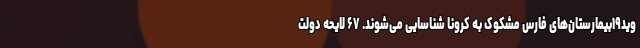
وید۱۹بیمارستان‌های فارس مشکوک به کرونا شناسایی می‌شوند. ۶۷ لایحه دولت